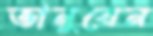
ভানুবেন